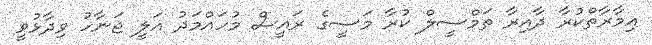
އިމާރާތްކުރާ ދާއިރާ ތަމްސީލް ކުރާ މަސީގެ ރައީސް މުހައްމަދު އަލީ ޖަނާހު ވިދާޅުވީ